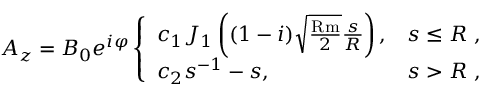
A _ { z } = B _ { 0 } e ^ { i \varphi } \left\{ \begin{array} { l l } { c _ { 1 } J _ { 1 } \left( ( 1 - i ) \sqrt { \frac { \mathrm { R m } } { 2 } } \frac { s } { R } \right) , } & { s \leq R ~ , } \\ { c _ { 2 } s ^ { - 1 } - s , } & { s > R ~ , } \end{array} \right.